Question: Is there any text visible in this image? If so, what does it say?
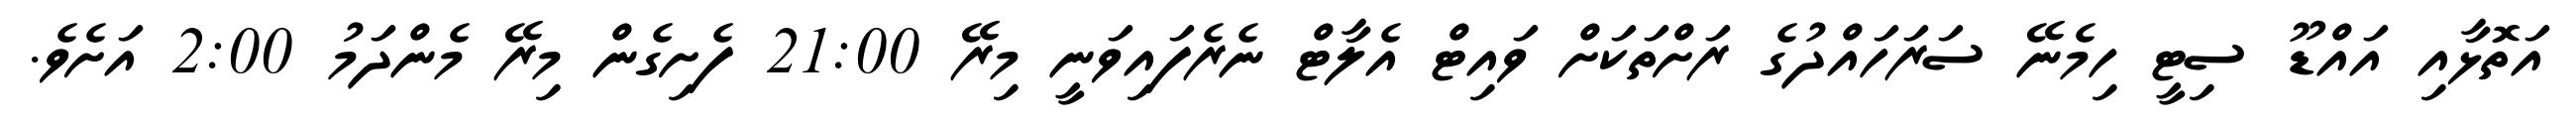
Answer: އަތޮޅާއި އައްޑޫ ސިޓީ ހިމެނޭ ސަރަހައްދުގެ ރަށްތަކަށް ވައިޓް އެލާޓް ނެރެފައިވަނީ މިރޭ 21:00 ފެށިގެން މިރޭ މެންދަމު 2:00 އަށެވެ.